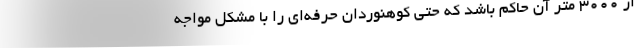
از 3000 متر آن حاکم باشد که حتی کوهنوردان حرفه‌ای را با مشکل مواجه